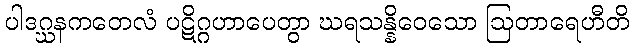
ပါဒဂ္ဃနကတေလံ ပဋိဂ္ဂဟာပေတွာ ဃရသန္နိဝေသော ဩတာရေဟီတိ